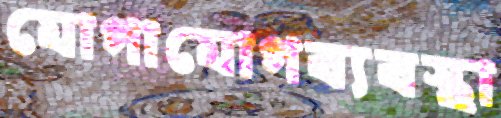
যোগাযোগব্যবস্থা